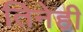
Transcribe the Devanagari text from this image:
तिनेही